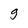
Character: g